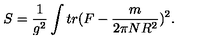
S = \frac { 1 } { g ^ { 2 } } \int t r ( F - \frac { m } { 2 \pi N R ^ { 2 } } ) ^ { 2 } .